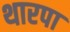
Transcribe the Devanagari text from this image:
थारपा